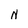
Character: N